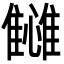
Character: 𬯴